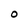
Character: 0